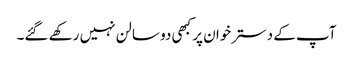
آپ کے دسترخوان پر کبھی دو سالن نہیں رکھے گئے۔